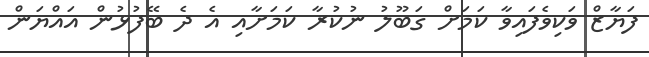
ފަޔާޒް ވަކިވެފައިވާ ކަމަށް ގަބޫލު ނުކުރާ ކަމަށާއި އެ ދެ ބޭފުޅުން އައްޔަން